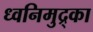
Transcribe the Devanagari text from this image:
ध्वनिमुद्र्का